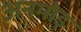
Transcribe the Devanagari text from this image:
अनमोड़